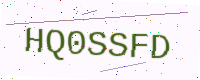
Text: HQ0SSFD